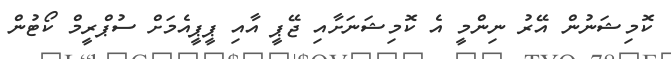
ކޮމިޝަނުން އޭރު ނިންމީ އެ ކޮމިޝަނަށާއި ޖޭޕީ އާއި ޕީޕީއެމަށް ސުޕްރީމް ކޯޓުން